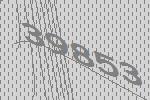
39853